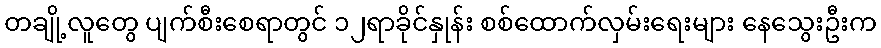
တချို့လူတွေ ပျက်စီးစေရာတွင် ၁၂ရာခိုင်နှုန်း စစ်ထောက်လှမ်းရေးများ နေသွေးဦးက